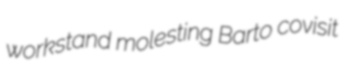
workstand molesting Barto covisit